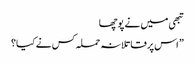
تبھی میں نے پوچھا
” اس پر قاتلانہ حملہ کس نے کیا؟